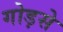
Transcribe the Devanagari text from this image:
गोड़से